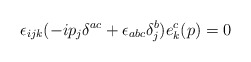
\begin{align*}\epsilon_{ijk} (-i p_j \delta^{ac} +\epsilon_{abc} \delta_j^b ) e_k^c (p)=0\end{align*}